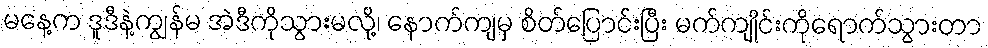
မနေ့က ဒူဒီနဲ့ကျွန်မ အဲဒီကိုသွားမလို့၊ နောက်ကျမှ စိတ်ပြောင်းပြီး မက်ကျိုင်းကိုရောက်သွားတာ